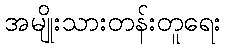
အမျိုးသားတန်းတူရေး